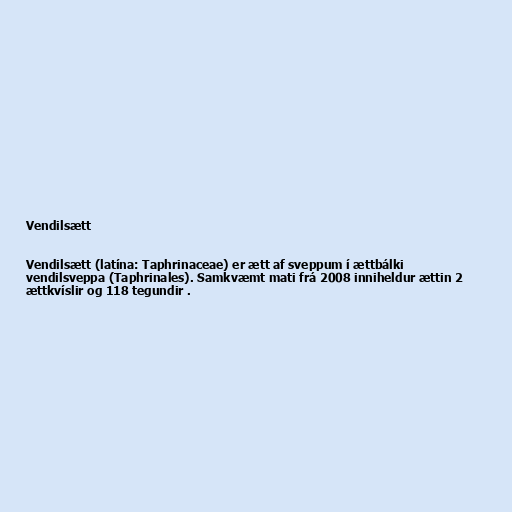
Vendilsætt

Vendilsætt (latína: Taphrinaceae) er ætt af sveppum í ættbálki
vendilsveppa (Taphrinales). Samkvæmt mati frá 2008 inniheldur ættin 2
ættkvíslir og 118 tegundir .